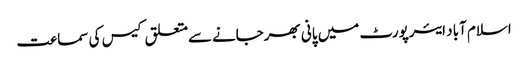
اسلام آباد ایئرپورٹ میں پانی بھرجانےسےمتعلق کیس کی سماعت